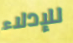
للإدلاء